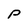
Character: P